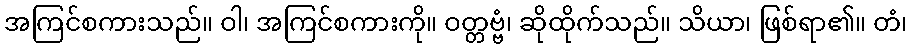
အကြင်စကားသည်။ ဝါ၊ အကြင်စကားကို။ ဝတ္တဗ္ဗံ၊ ဆိုထိုက်သည်။ သိယာ၊ ဖြစ်ရာ၏။ တံ၊